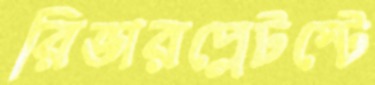
রিভারপ্লেটস্টে